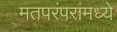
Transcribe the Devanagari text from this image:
मतपरंपरांमध्ये